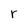
Character: r